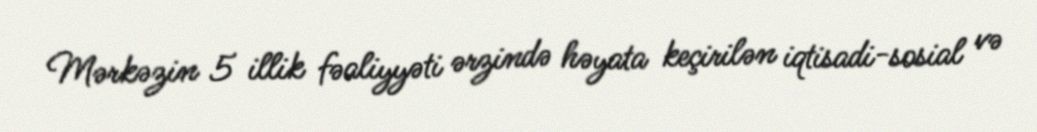
Mərkəzin 5 illik fəaliyyəti ərzində həyata keçirilən iqtisadi-sosial və